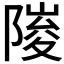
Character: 𮥘